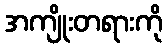
အကျိုးတရားကို